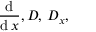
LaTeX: { \frac { \operatorname { d } } { \operatorname { d } x } } , D , \, D _ { x } ,